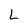
Character: L